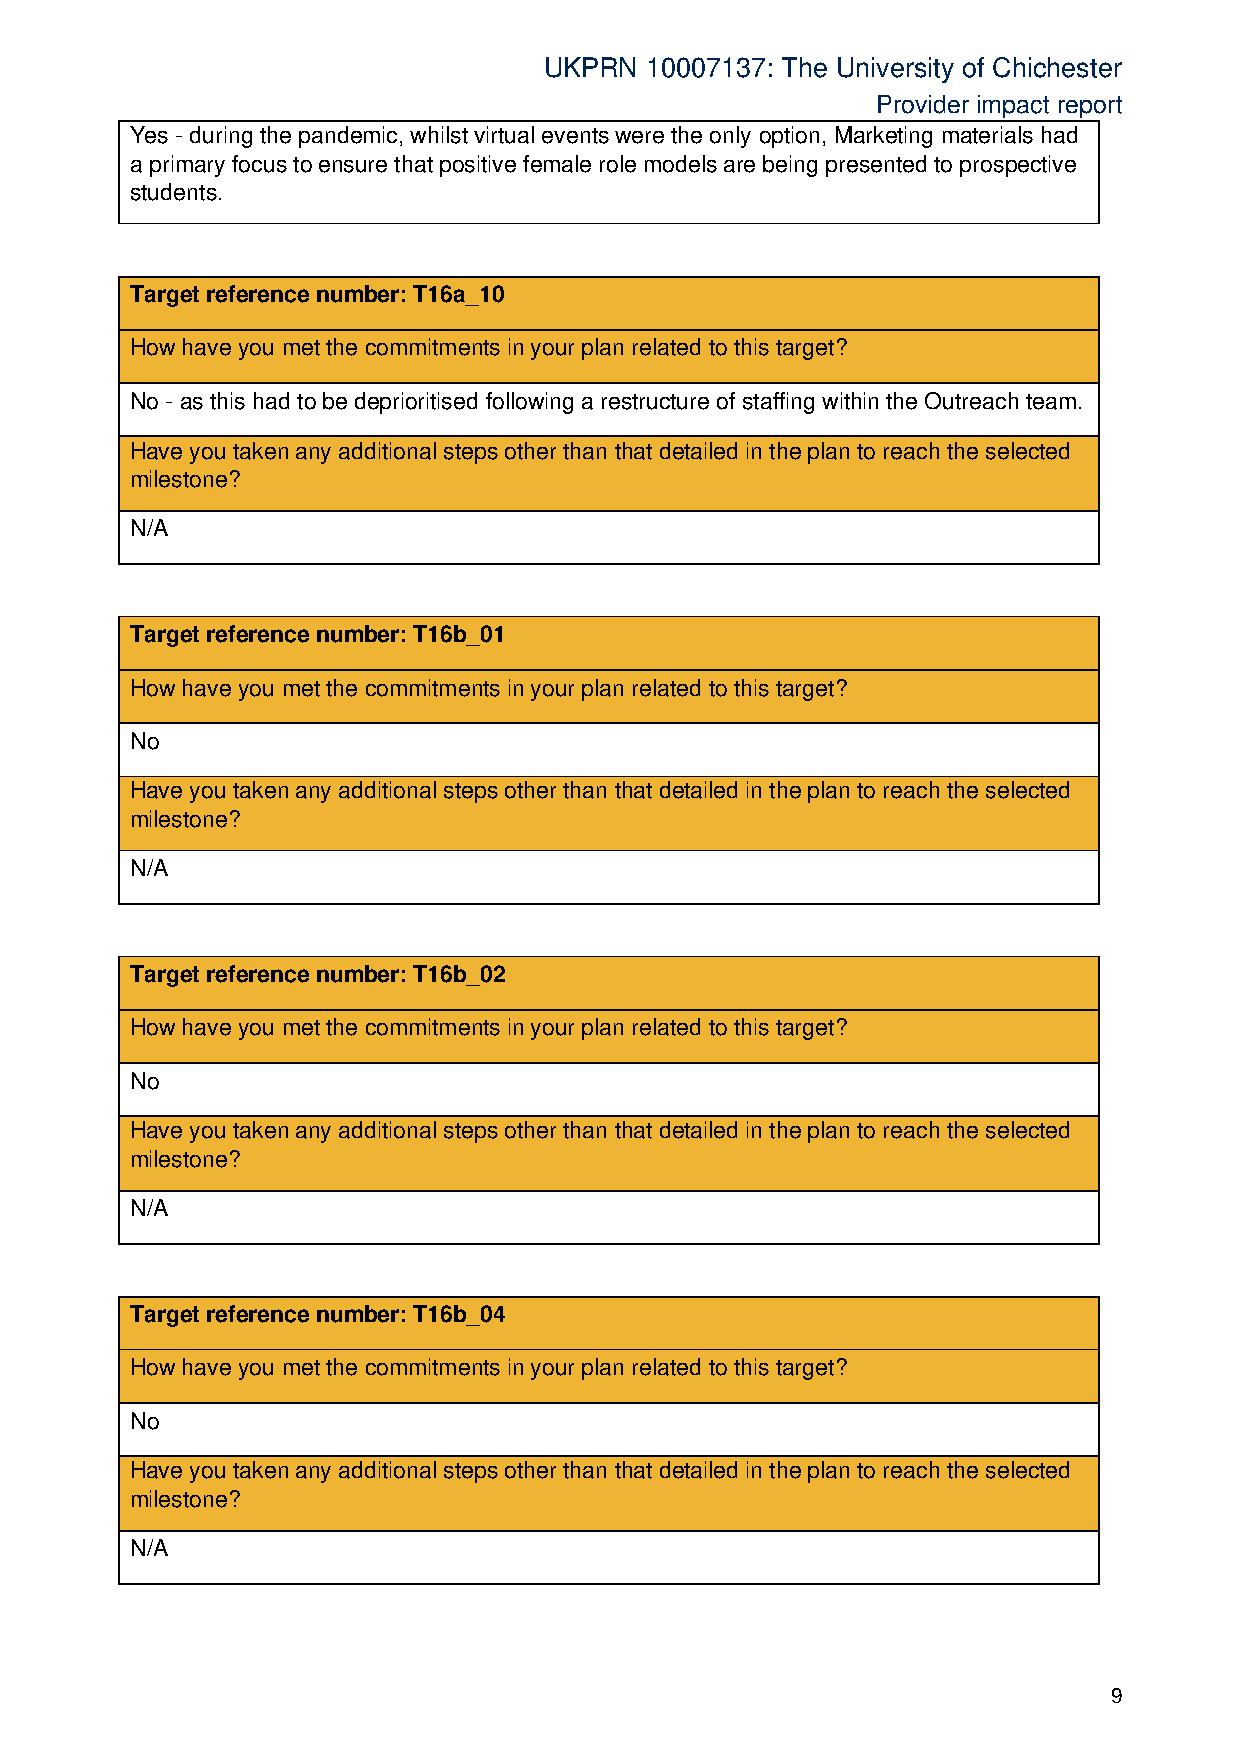
UKPRN  10007137: The University of Chichester
 Provider impact report
 Yes - during the pandemic, whilst virtual events were the only option, Marketing materials had
 a primary focus to ensure that positive female role models are being presented to prospective
 students.
 Target reference number: T16a_10
 How have you met the commitments in your plan related to this target?
 No - as this had to be deprioritised following a restructure of staffing within the Outreach team.
 Have you taken any additional steps other than that detailed in the plan to reach the selected
 milestone?
 N/A
 Target reference number: T16b_01
 How have you met the commitments in your plan related to this target?
 No
 Have you taken any additional steps other than that detailed in the plan to reach the selected
 milestone?
 N/A
 Target reference number: T16b_02
 How have you met the commitments in your plan related to this target?
 No
 Have you taken any additional steps other than that detailed in the plan to reach the selected
 milestone?
 N/A
 Target reference number: T16b_04
 How have you met the commitments in your plan related to this target?
 No
 Have you taken any additional steps other than that detailed in the plan to reach the selected
 milestone?
 N/A
 9